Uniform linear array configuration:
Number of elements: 4
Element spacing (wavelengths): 0.5
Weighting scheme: hamming
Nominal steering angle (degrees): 15
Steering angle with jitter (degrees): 14.115
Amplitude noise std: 0.05
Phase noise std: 0.05

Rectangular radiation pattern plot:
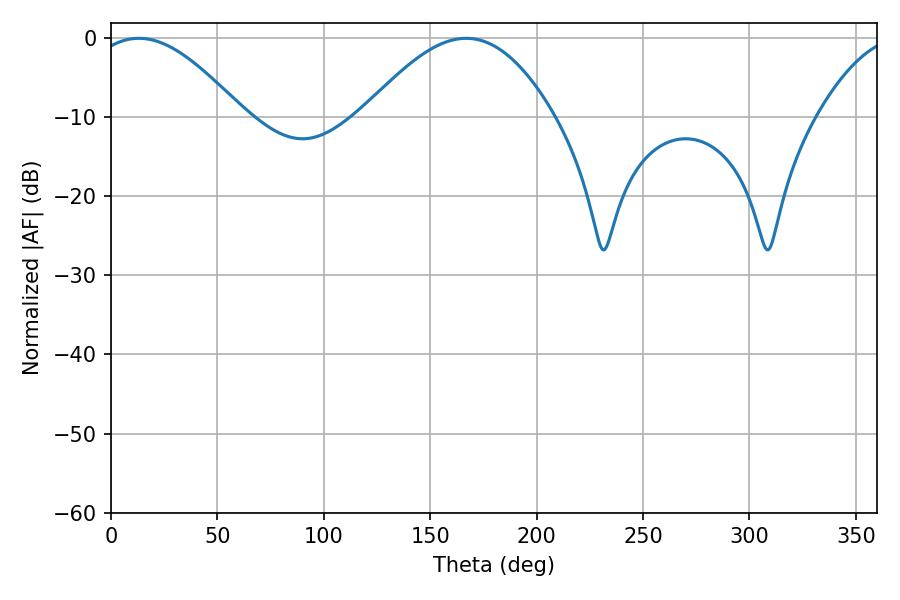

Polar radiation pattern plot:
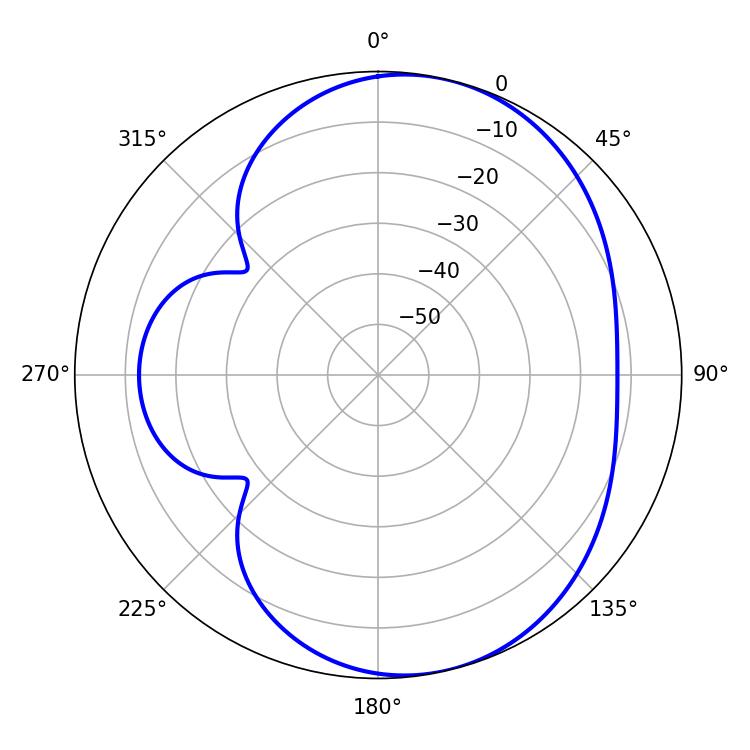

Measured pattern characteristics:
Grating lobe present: FALSE
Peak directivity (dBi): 6.328
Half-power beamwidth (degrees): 38.52
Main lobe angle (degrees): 13.14